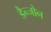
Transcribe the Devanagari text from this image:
डैन्जोन